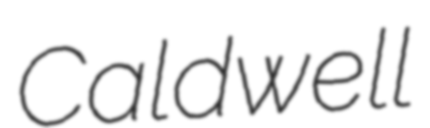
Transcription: Caldwell